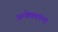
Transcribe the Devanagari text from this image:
अन्वेषकांना